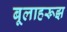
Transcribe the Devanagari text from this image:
बूलाहरूझ